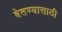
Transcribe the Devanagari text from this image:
बेतण्यासाठी